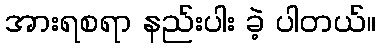
အားရစရာ နည်းပါး ခဲ့ ပါတယ်။